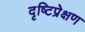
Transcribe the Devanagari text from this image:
दृष्टिप्रेक्षण